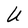
Character: U